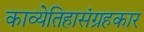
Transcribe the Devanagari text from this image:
काव्येतिहासंग्रहकार